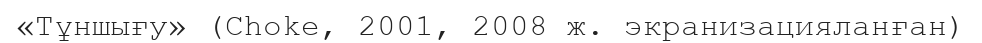
«Тұншығу» (Choke, 2001, 2008 ж. экранизацияланған)